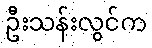
ဦးသန်းလွင်က